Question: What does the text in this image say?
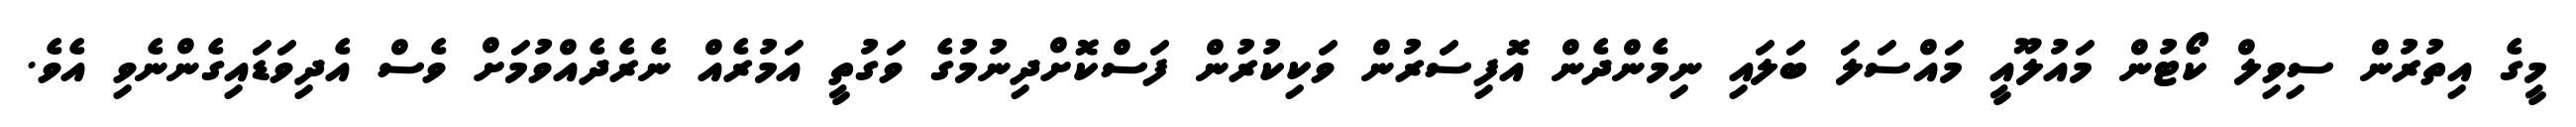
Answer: މީގެ އިތުރުން ސިވިލް ކޯޓުން މައުލޫއީ މައްސަލަ ބަލައި ނިމެންދެން އޮފިސަރުން ވަކިކުރުން ފަސްކޮށްދިނުމުގެ ވަގުތީ އަމުރެއް ނެރެދެއްވުމަށް ވެސް އެދިވަޑައިގެންނެވި އެވެ.